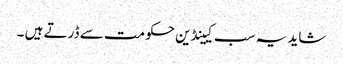
شاید یہ سب کیینڈین حکومت سے ڈرتے ہیں ۔